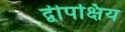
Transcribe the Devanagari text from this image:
द्वीपक्षिय